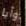
وأيا